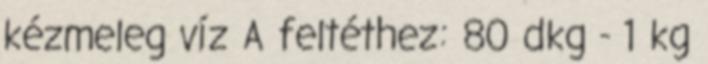
kézmeleg víz A feltéthez: 80 dkg - 1 kg